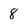
Character: 8